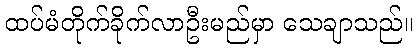
ထပ်မံတိုက်ခိုက်လာဦးမည်မှာ သေချာသည်။